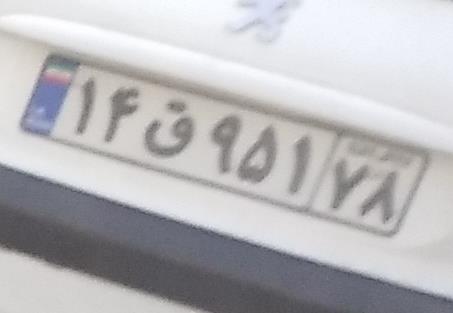
۱۴ق۹۵۱۷۸